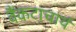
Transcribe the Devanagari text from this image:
वैंकटाचार्य